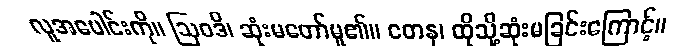
လူအပေါင်းကို။ ဩဝဒိ၊ ဆုံးမတော်မူ၏။ တေန၊ ထိုသို့ဆုံးမခြင်းကြောင့်။